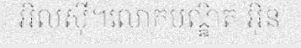
អិលស៊ី។លោកបណ្ឌិត អ៊ិន